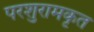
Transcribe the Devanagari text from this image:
परशुरामकृत